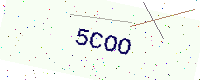
Text: 5COO